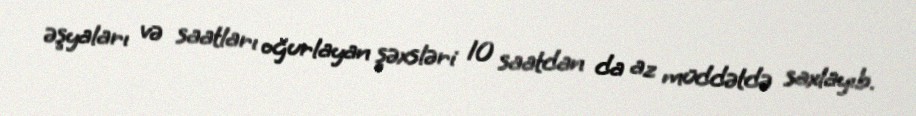
əşyaları və saatları oğurlayan şəxsləri 10 saatdan da az müddətdə saxlayıb.